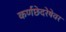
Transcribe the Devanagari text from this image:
कर्णछेदरेषेवर